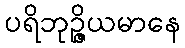
ပရိဘုဉ္ဇိယမာနေ